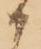
候